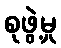
စုဖွဲ့မှု